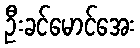
ဦးခင်မောင်အေး